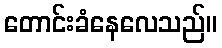
တောင်းခံနေလေသည်။